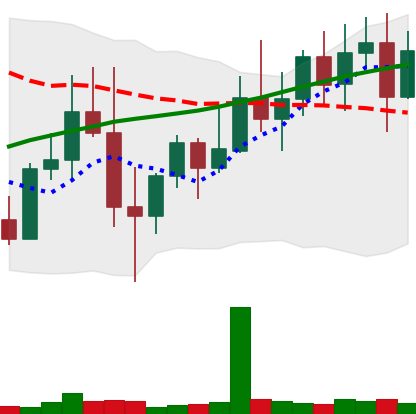
Ticker: XMR-USD
Chart end date: 2022-11-03
Forward return: -7.398%
Label: down_7plus